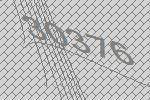
30376